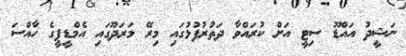
ނަޝީދު އައްޑޫ ސިޓީ އަށް ކުރައްވާ ދަތުރުފުޅުގައި މިރޭ މަރަދޫގައި އެމްޑީޕީގެ ހާއްސަ